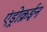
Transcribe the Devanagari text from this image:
एंड्रोक्रईन